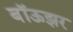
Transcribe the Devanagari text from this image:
बॉऊझर